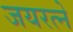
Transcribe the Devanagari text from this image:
जयरत्ने